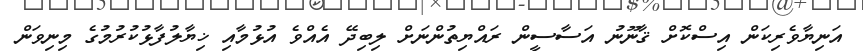
އަނިޔާވެރިކަން އިސްކޮށް ޤާނޫނު އަސާސީން ރައްޔިތުންނަށް ލިބިދޭ އެއްވެ އުޅުމާއި ޚިޔާލުފާޅުކުރުމުގެ މިނިވަން